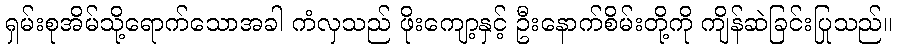
ရှမ်းစုအိမ်သို့ရောက်သောအခါ ကံလှသည် ဖိုးကျော့နှင့် ဦးနောက်စိမ်းတို့ကို ကျိန်ဆဲခြင်းပြုသည်။